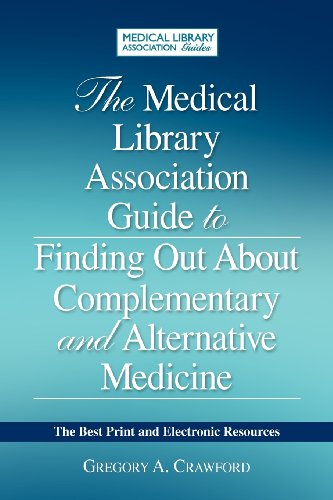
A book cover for The Medical Library Association Guide to Finding Out About Complementary and Alternative Medicine: The Best Print and Electronic Resources (Medical Library Association Guides); Gregory A. Crawford; Health, Fitness & Dieting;